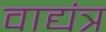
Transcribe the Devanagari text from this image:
वाद्यंत्र